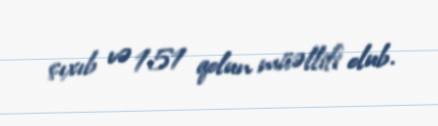
çıxıb və 151 qolun müəllifi olub.